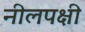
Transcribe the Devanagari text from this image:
नीलपक्षी